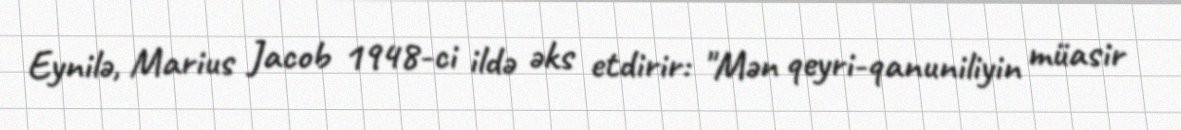
Eynilə, Marius Jacob 1948-ci ildə əks etdirir: "Mən qeyri-qanuniliyin müasir